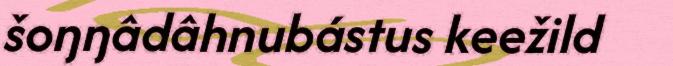
šoŋŋâdâhnubástus keežild